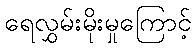
ရေလွှမ်းမိုးမှုကြောင့်